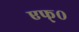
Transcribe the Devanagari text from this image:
एफ्०